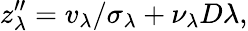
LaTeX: z_{\lambda}^{\prime\prime}=v_{\lambda}/\sigma_{\lambda}+\nu_{\lambda}D\lambda,